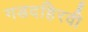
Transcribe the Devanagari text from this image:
गडदहिरवी